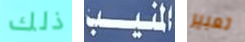
ذلك المنيب تعبير